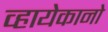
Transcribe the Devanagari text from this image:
व्हायेकानो